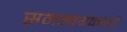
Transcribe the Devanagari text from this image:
समन्वयकांशी